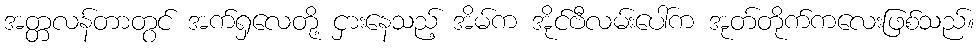
အတ္တလန်တာတွင် အက်ရှလေတို့ ငှားနေသည့် အိမ်က အိုင်ဗီလမ်းပေါ်က အုတ်တိုက်ကလေးဖြစ်သည်။